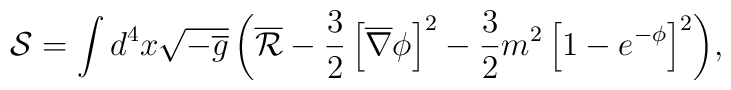
\mathcal{S} = \int{d^{4}x \sqrt{-\overline{g}}\left(\overline{\mathcal{R}}-\frac{3}{2}\left[\overline{\nabla}\phi\right]^2-\frac{3}{2}m^{2}\left[1-e^{-\phi}\right]^2 \right)},